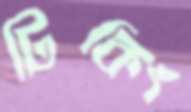
টিকিং